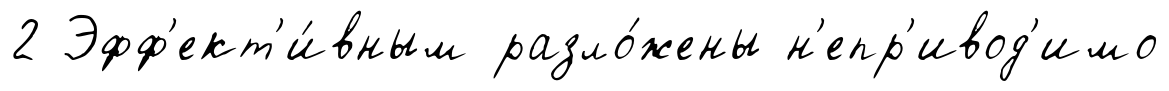
2 Эфф'ект'и́вным разло́жены н'епр'ивод'имо